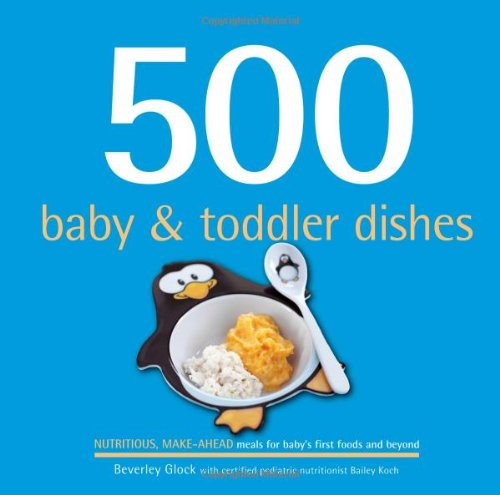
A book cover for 500 Baby & Toddler Dishes (500 Cooking (Sellers)) (500 Series Cookbooks); Beverley Glock; Cookbooks, Food & Wine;